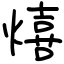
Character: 熺